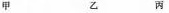
甲乙丙